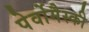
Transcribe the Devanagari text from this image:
पेर्वोमैस्की